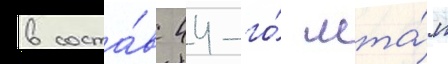
в соста́в 44-го́ мта́п